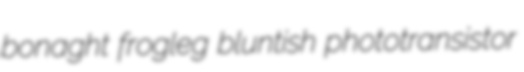
bonaght frogleg bluntish phototransistor